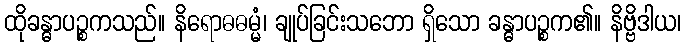
ထိုခန္ဓာပဉ္စကသည်။ နိရောဓဓမ္မံ၊ ချုပ်ခြင်းသဘော ရှိသော ခန္ဓာပဉ္စက၏။ နိဗ္ဗိဒါယ၊